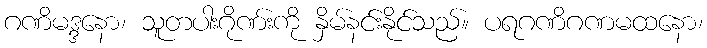
ဂဏိမဒ္ဒနော၊ သူတပါးဂိုဏ်းကို နှိမ်နင်းနိုင်သည်။ ပရဂဏိဂဏမထနော၊